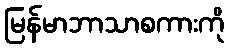
မြန်မာဘာသာစကားကို